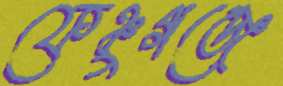
ফেঞ্চুগঞ্জে